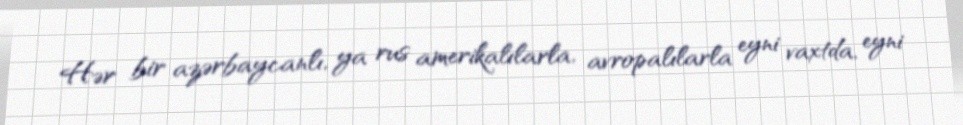
Hər bir azərbaycanlı, ya rus amerikalılarla, avropalılarla eyni vaxtda, eyni